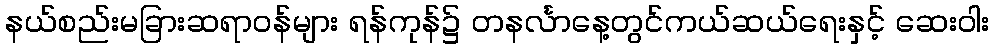
နယ်စည်းမခြားဆရာဝန်များ ရန်ကုန်၌ တနင်္လာနေ့တွင်ကယ်ဆယ်ရေးနှင့် ဆေးဝါး